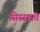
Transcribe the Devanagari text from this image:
सिस्सको